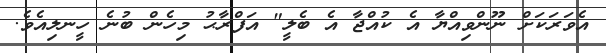
އެވަރަކަށް ނޫންވިއްޔާ އެ ކުއްޖާ އެ ބެލީ" އަފްރާޙު މިހެން ބުނެ ހީނލިއެވެ.